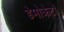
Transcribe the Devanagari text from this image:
डेमोक्रेटो